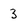
Character: 3